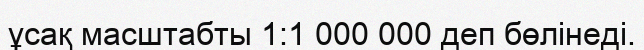
ұсақ масштабты 1:1 000 000 деп бөлінеді.